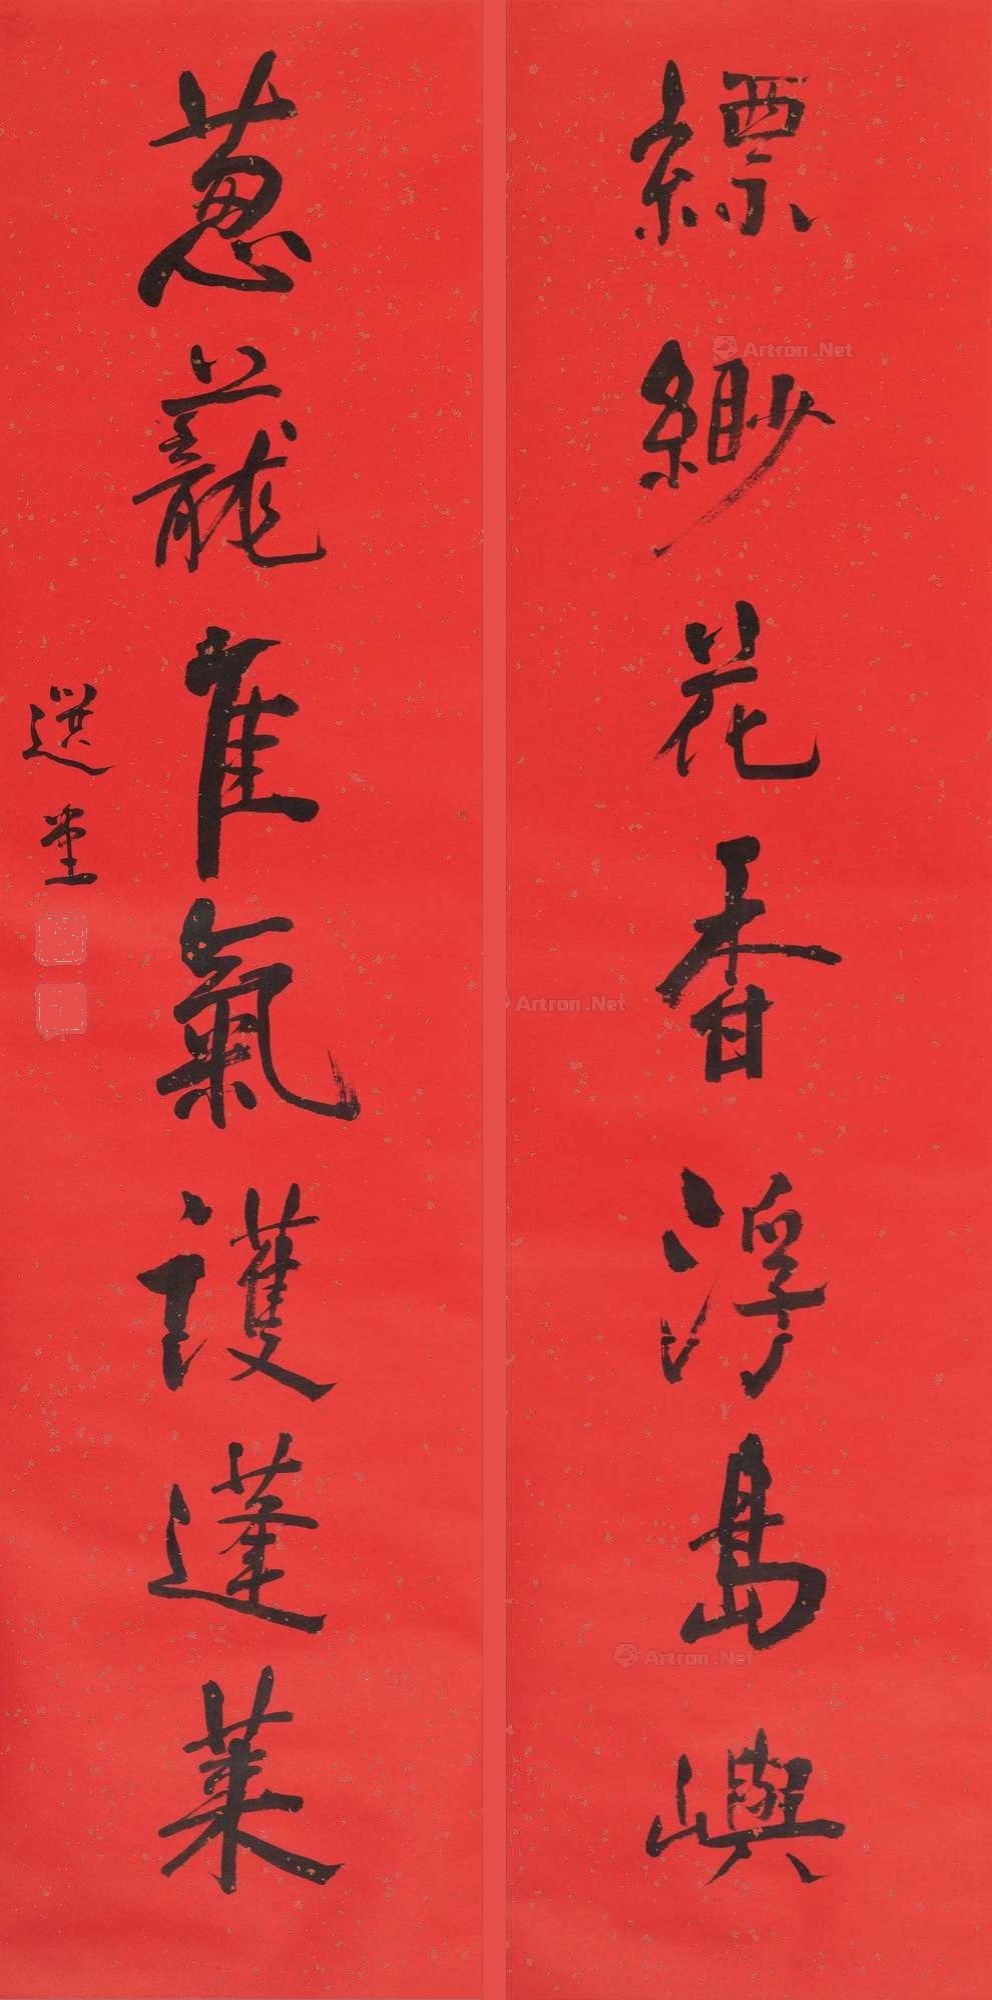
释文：缥缈花香浮岛屿，葱茏佳气护蓬莱。选堂。